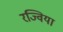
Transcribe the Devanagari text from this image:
रज्विया